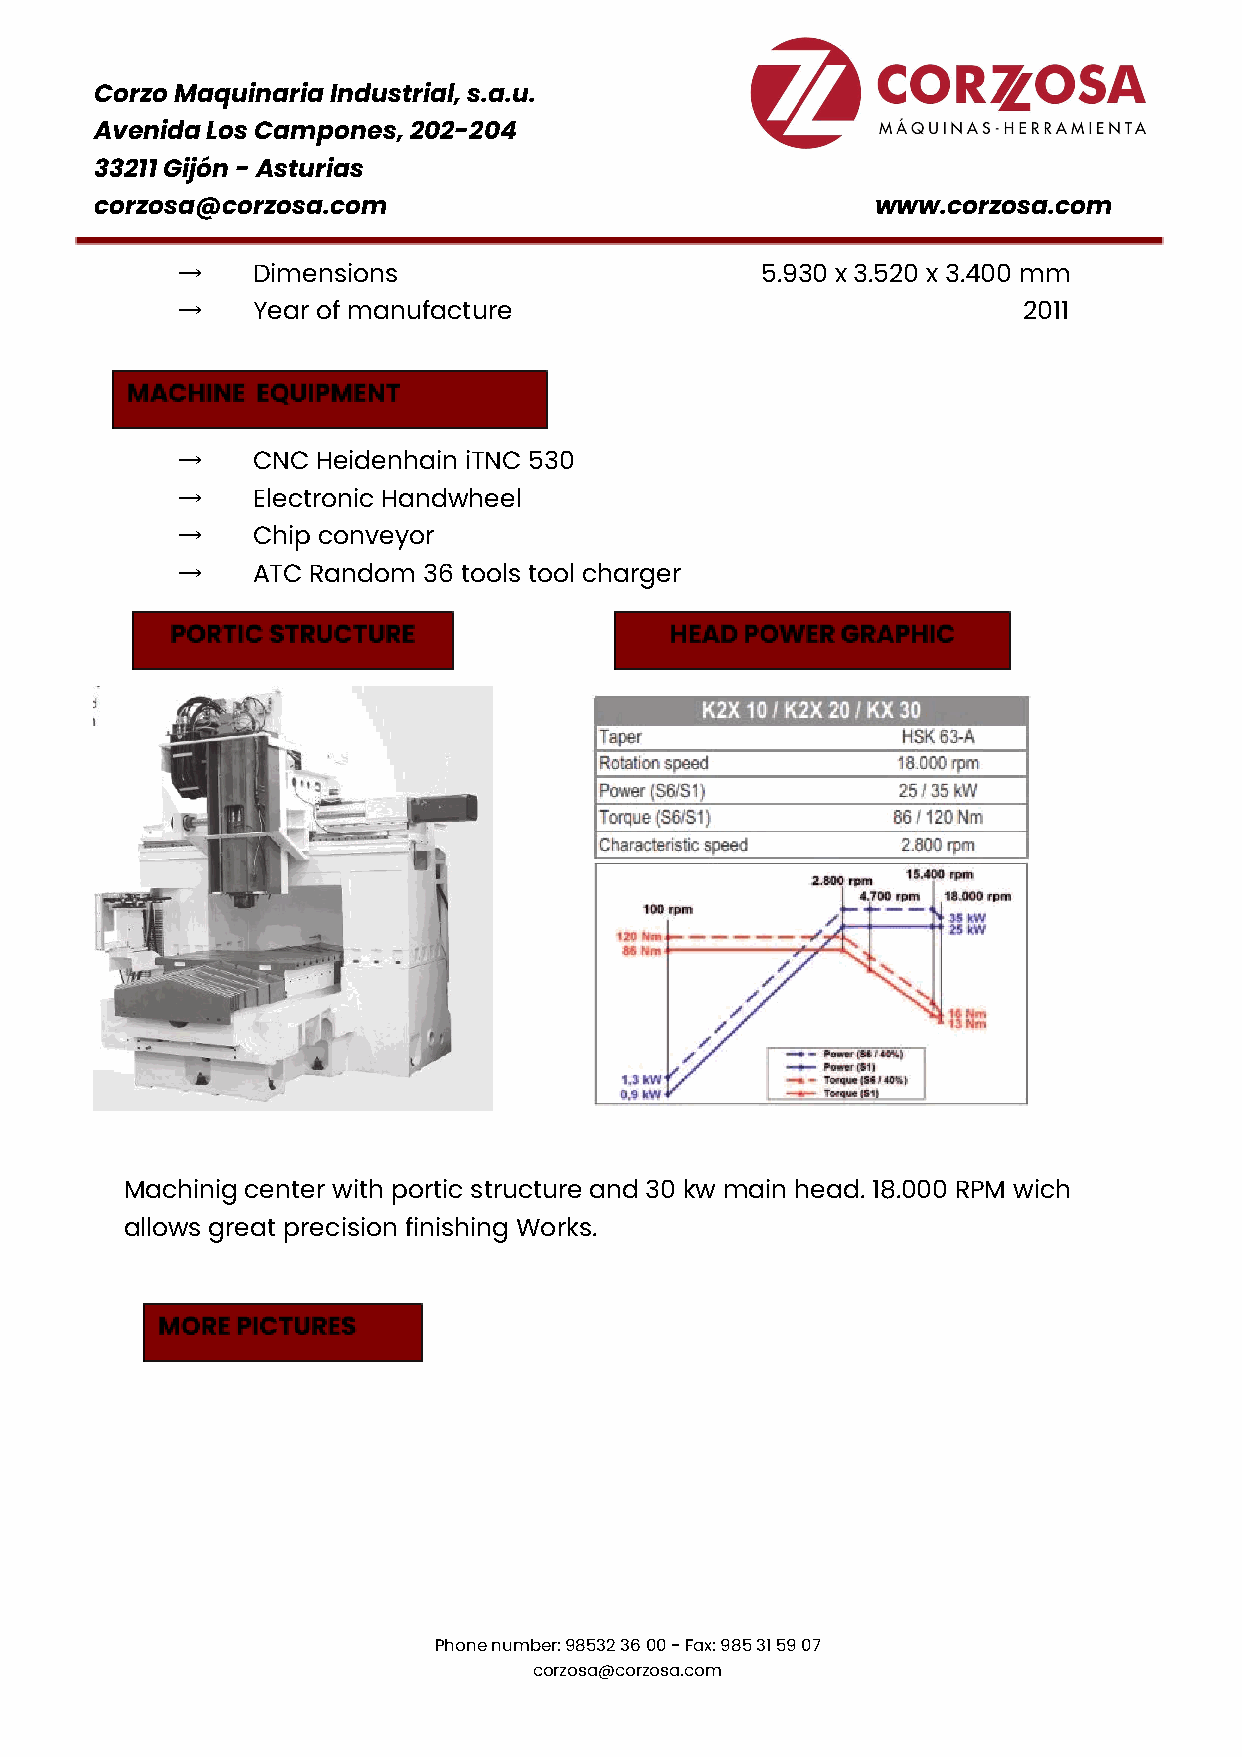
Corzo Maquinaria Industrial, s.a.u.
 Avenida Los Campones, 202-204
 33211 Gijón - Asturias
 corzosa@corzosa.com                                 ​www.corzosa.com
 →
 Dimensions                       5.930 x 3.520 x 3.400 mm
 →
 Year of manufacture                                2011
 →
 CNC Heidenhain iTNC 530
 →
 Electronic Handwheel
 →
 Chip conveyor
 →
 ATC Random 36 tools tool charger
 Machinig center with portic structure and 30 kw main head. 18.000 RPM wich
 allows great precision finishing Works.
 Phone number: 98532 36 00 - Fax: 985 31 59 07
 corzosa@corzosa.com